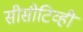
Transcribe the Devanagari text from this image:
सीसीटिव्ही